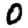
Digit: 0